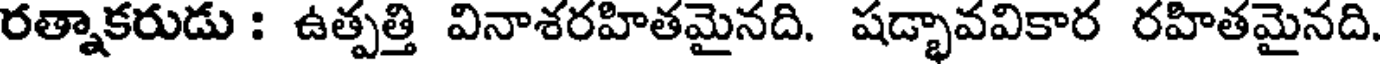
రత్నాకరుడు : ఉత్పత్తి వినాశరహితమైనది. షడ్భావవికార రహితమైనది